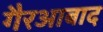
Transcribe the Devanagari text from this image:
गैरआबाद